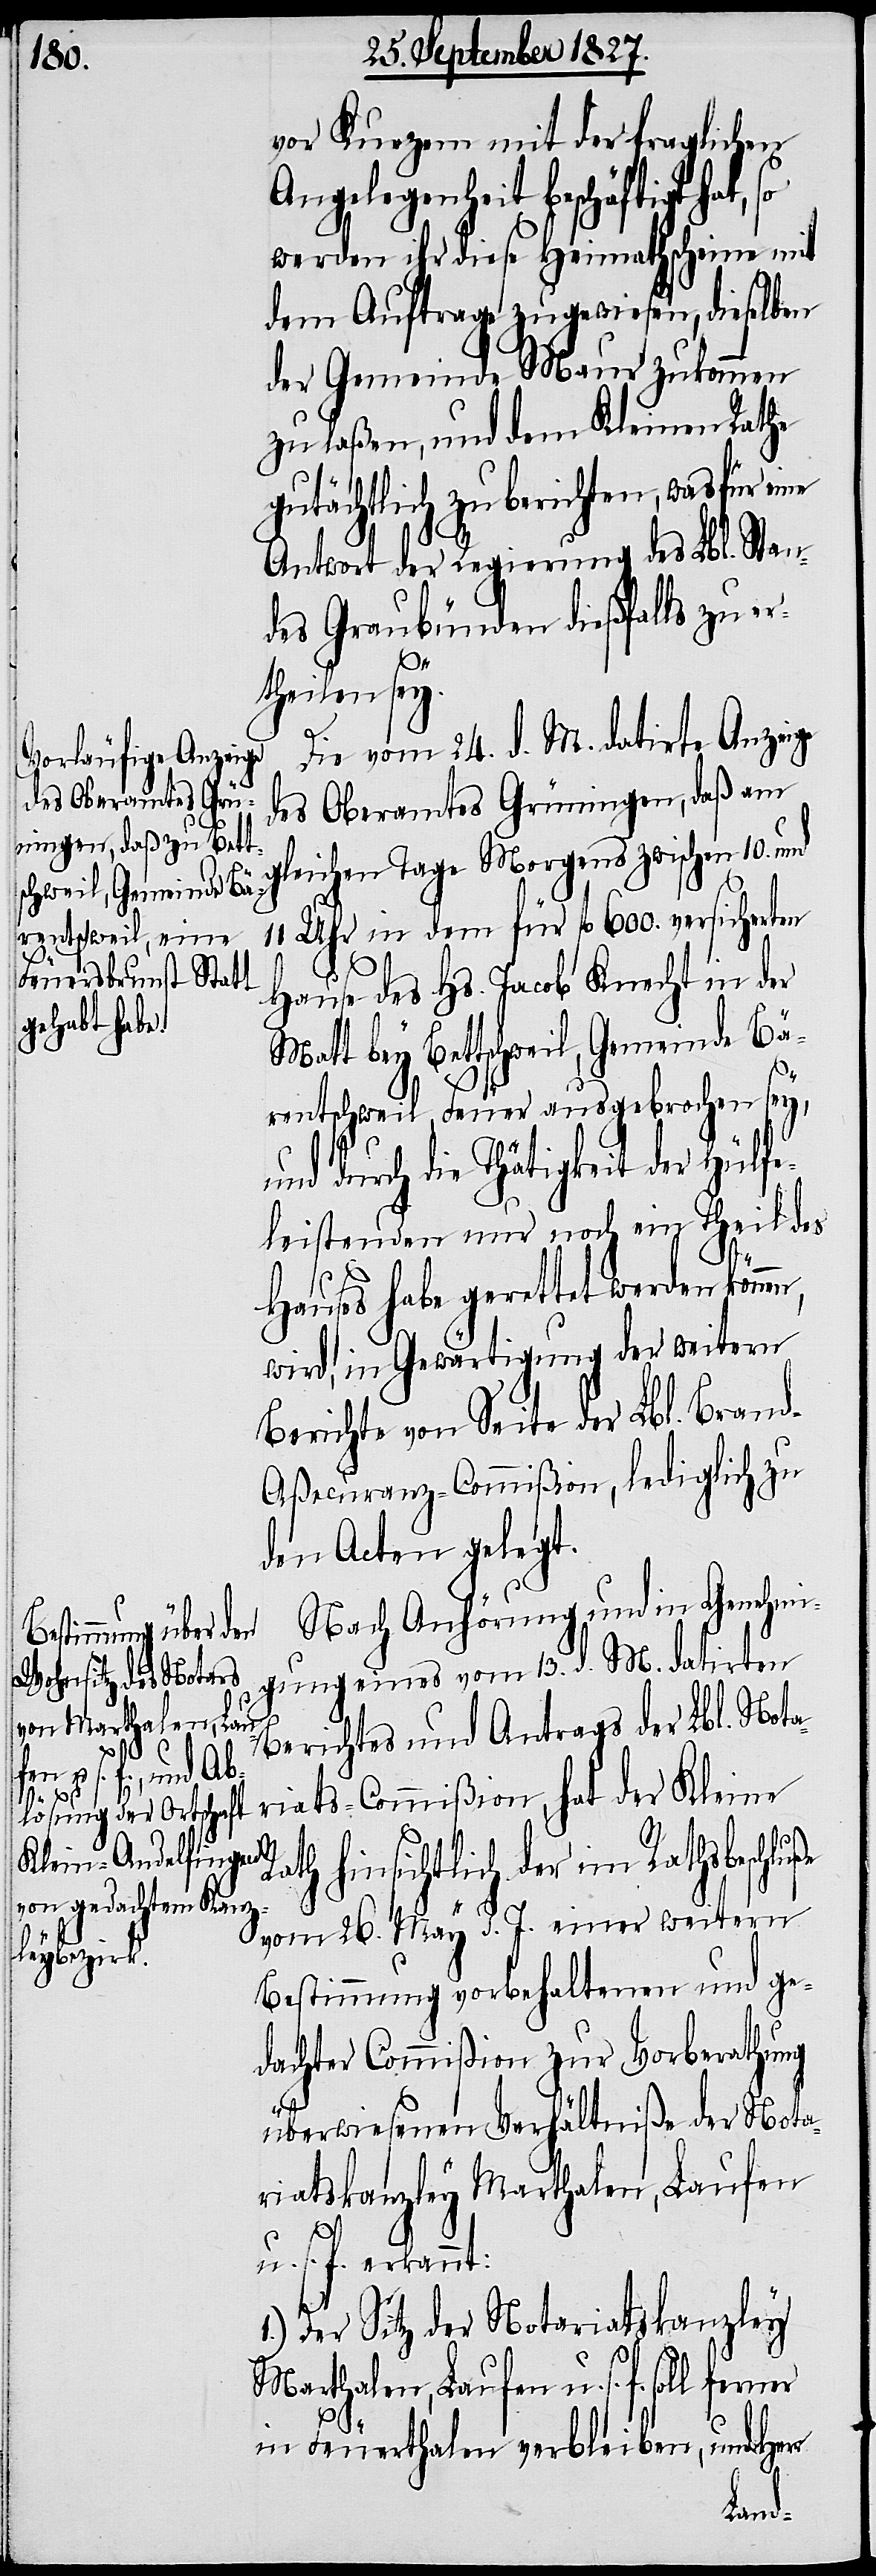
vor Kurzem mit der fraglichen
Angelegenheit beschäftigt hat, so
werden ihr diese Heimathscheine mit
dem Auftrage zugewiesen, dieselben
der Gemeinde Maur zukommen
zu laßen, und dem Kleinen Rathe
gutächtlich zu berichten, was für
Antwort der Regierung des Lbl. Stan¬
des Graubünden dießfalls zu er¬
ße
theilen sey.
Die vom 24. d. M. datirte Anzeige
des Oberamtes Grüningen, daß am
gleichen Tage Morgens zwischen 10. und
chweil, Gemeinde Bä¬
Uhr in dem für fl. 600. versicherten
Hause des Hs. Jacob Knecht in der
rentschweil Feuer ausgebrochen sey,
und durch die Thätigkeit der Hülfe¬
leistenden nur noch ein Theil des
Hauses habe gerettet werden könn¬
wird, in Gewärtigung der weitern
Berichte von Seite der Lbl. Bran¬
d-Aßecuranz-Commißion, lediglich zu
den Acten gelegt.
Nach Anhörung und in Genehmi¬
gung eines vom 13. d. M. datirten
Berichtes und Antrags der Lbl. Nota¬
riats-Commißion, hat der Kleine
ath hinsichtlich der im Rathsbeschlu¬
vom 26. May d. J. einer weitern
Bestimmung vorbehaltenen und ge¬
dachter Commißion zur Vorberathung
überwiesenen Verhältniße der Nota¬
riatskanzley Marthalen, Laufen
u. s. f. erkannt:
1.) Der Sitz der Notariatskanzley
Marthalen, Laufen u. s. f. soll
R¬
in Feuerthalen verbleiben, und Herr
en,